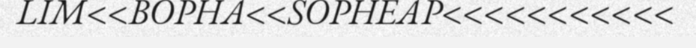
LIM<<BOPHA<<SOPHEAP<<<<<<<<<<<